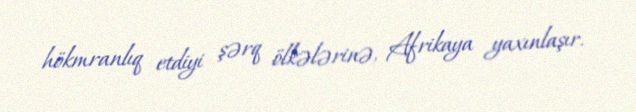
hökmranlıq etdiyi şərq ölkələrinə, Afrikaya yaxınlaşır.